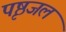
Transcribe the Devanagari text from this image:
पृष्ठजल